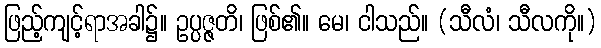
ဖြည့်ကျင့်ရာအခါ၌။ ဥပ္ပဇ္ဇတိ၊ ဖြစ်၏။ မေ၊ ငါသည်။ (သီလံ၊ သီလကို။)